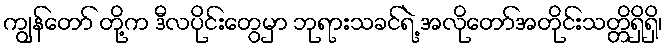
ကျွန်တော် တို့က ဒီလပိုင်းတွေမှာ ဘုရားသခင်ရဲ့ အလိုတော်အတိုင်းသတ္တိရှိရှိ၊